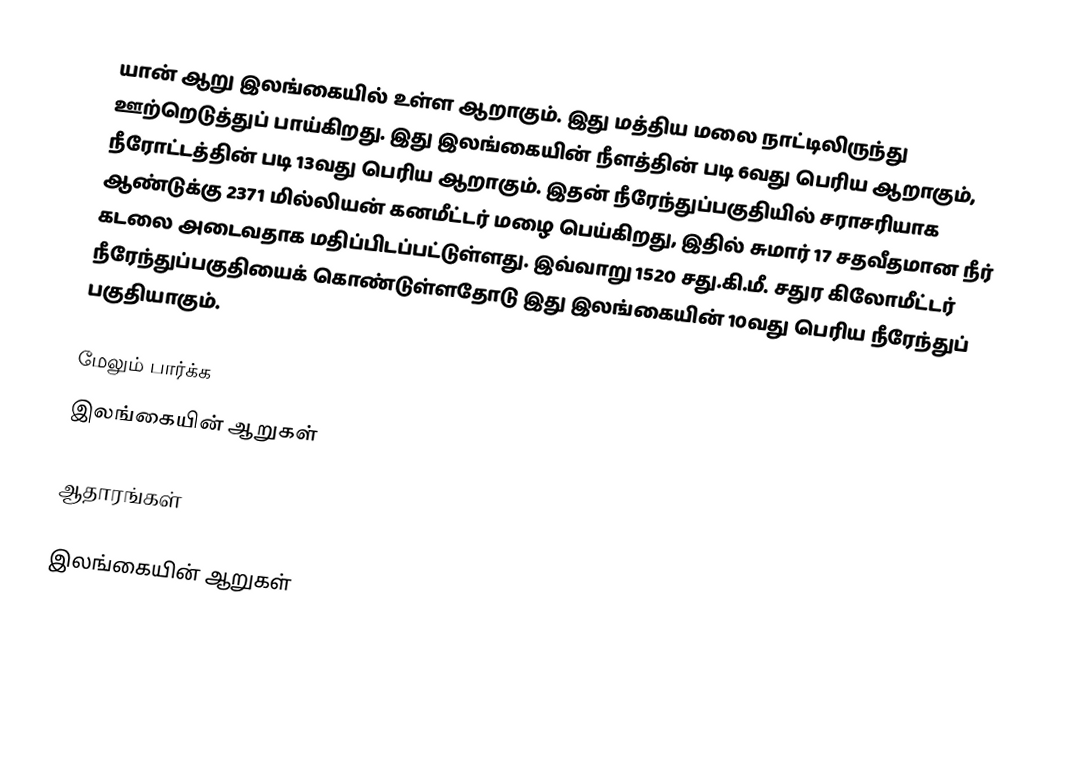
யான் ஆறு இலங்கையில் உள்ள ஆறாகும். இது மத்திய மலை நாட்டிலிருந்து ஊற்றெடுத்துப் பாய்கிறது. இது இலங்கையின் நீளத்தின் படி 6வது பெரிய ஆறாகும், நீரோட்டத்தின் படி  13வது பெரிய  ஆறாகும். இதன் நீரேந்துப்பகுதியில் சராசரியாக ஆண்டுக்கு 2371 மில்லியன் கனமீட்டர் மழை பெய்கிறது, இதில் சுமார் 17 சதவீதமான நீர் கடலை அடைவதாக மதிப்பிடப்பட்டுள்ளது. இவ்வாறு 1520 சது.கி.மீ. சதுர கிலோமீட்டர் நீரேந்துப்பகுதியைக் கொண்டுள்ளதோடு இது இலங்கையின் 10வது பெரிய நீரேந்துப் பகுதியாகும்.

மேலும் பார்க்க
 இலங்கையின் ஆறுகள்

ஆதாரங்கள்

இலங்கையின் ஆறுகள்